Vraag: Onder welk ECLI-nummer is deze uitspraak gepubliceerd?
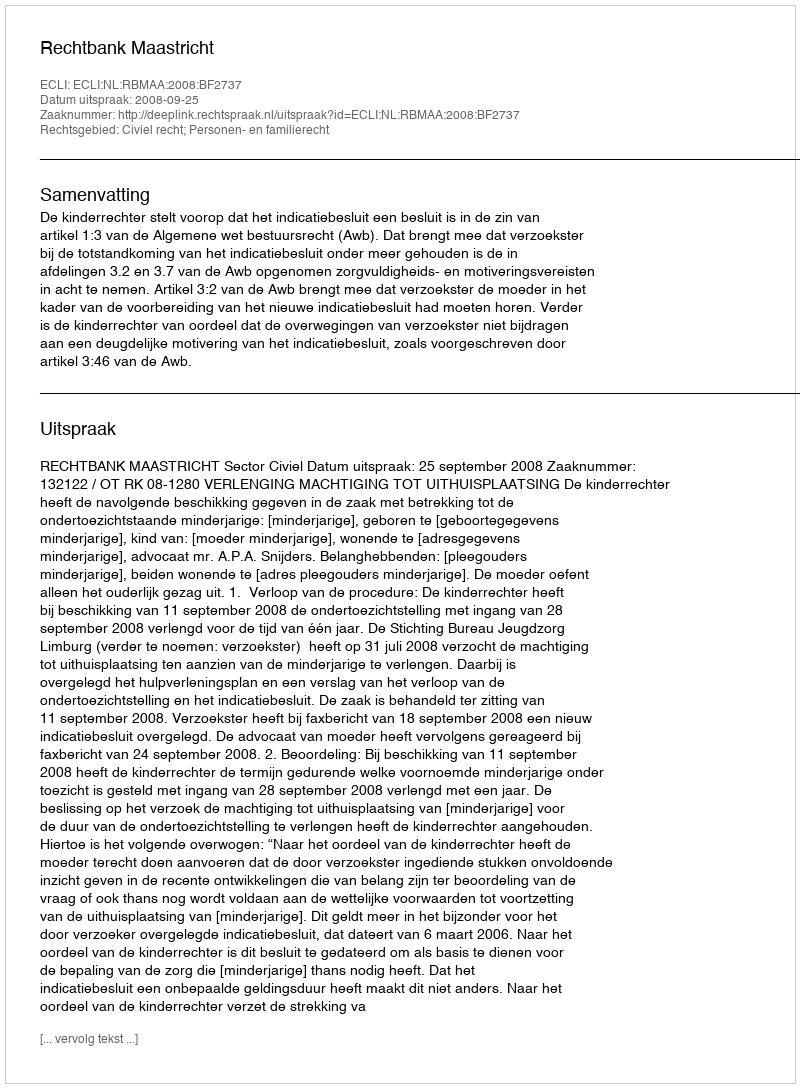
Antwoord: ECLI:NL:RBMAA:2008:BF2737